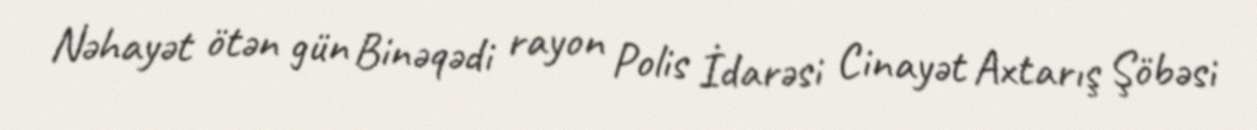
Nəhayət ötən gün Binəqədi rayon Polis İdarəsi Cinayət Axtarış Şöbəsi